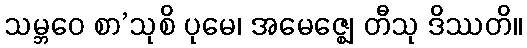
သမ္ဘဝေ စာ’သုစိ ပုမေ၊ အမေဇ္ဈေ တီသု ဒိဿတိ။